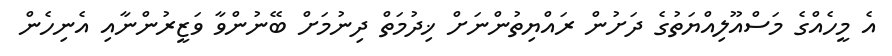
އެ މީހެއްގެ މަސްއޫލިއްޔަތުގެ ދަށުން ރައްޔިތުންނަށް ޚިދުމަތް ދިނުމަށް ބޭނުންވާ ވަޒީރުންނާއި އެނިހެން